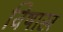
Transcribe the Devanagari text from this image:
विषाख